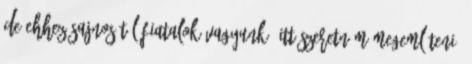
de ehhez sajnos túl fiatalok vagyunk. Itt szeretném megemlíteni,